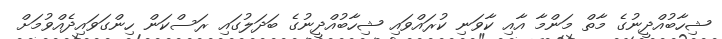
ޝިހާބުއްދީނުގެ މާތް މަންމާ އާއި ކާވަނި ކުރައްވައި ޝިހާބުއްދީނުގެ ބަދަލުގައި ރަސްކަން ހިންގަވައިދެއްވުމަށް